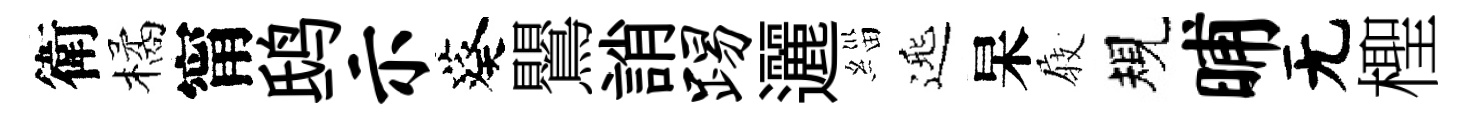
衛橘甯鸱示葵鸎誚踢邐緇𨓱杲𡲆規晡无檉